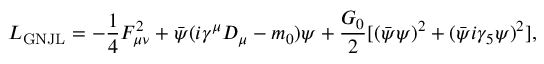
{ \cal L } _ { \mathrm { G N J L } } = - { \frac { 1 } { 4 } } F _ { \mu \nu } ^ { 2 } + \bar { \psi } ( i \gamma ^ { \mu } D _ { \mu } - m _ { 0 } ) \psi + { \frac { G _ { 0 } } { 2 } } [ ( \bar { \psi } \psi ) ^ { 2 } + ( \bar { \psi } i \gamma _ { 5 } \psi ) ^ { 2 } ] ,